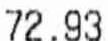
72.93